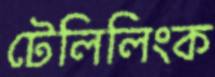
টেলিলিংক